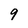
Character: 9